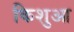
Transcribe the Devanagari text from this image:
किशुआ